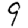
Digit: 9